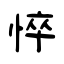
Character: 悴